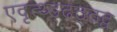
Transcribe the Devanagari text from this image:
एदृत्थ्ड्ढठ्ठद्व